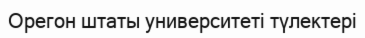
Орегон штаты университеті түлектері